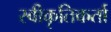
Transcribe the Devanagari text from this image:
स्वीकृतिकर्ता